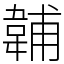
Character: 䪔